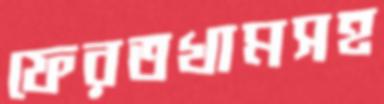
ফেরতখামসহ